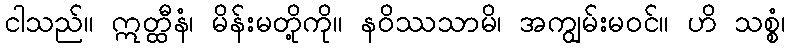
ငါသည်။ ဣတ္ထီနံ၊ မိန်းမတို့ကို။ နဝိဿသာမိ၊ အကျွမ်းမဝင်။ ဟိ သစ္စံ၊